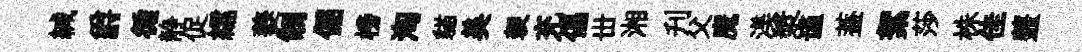
緘爵循静促繻夔制倔榜淘貓美袈充倡丗湘刋父魔渼漿谨葢絮莎株佳虀